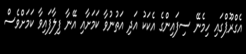
އެގްރޫޕްގައި ހިމެނޭ ސިފައިންގެ އެކަކު އަދި އަތުނުވާ ކަމަށާއި އޭނާ ފިލާފައިވާ ކަމަށްވެސް